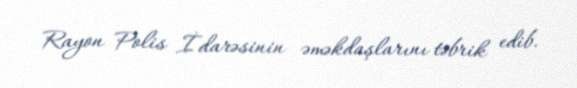
Rayon Polis İdarəsinin əməkdaşlarını təbrik edib.